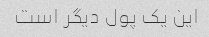
این یک پول دیگر است